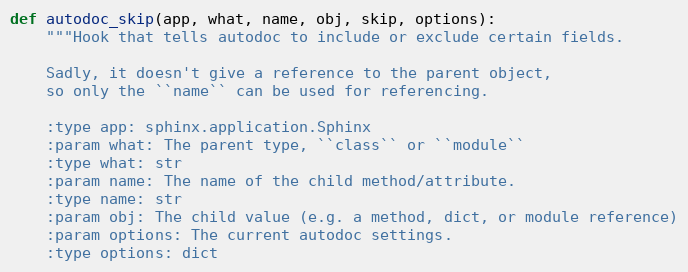
Language: Python
def autodoc_skip(app, what, name, obj, skip, options):
    """Hook that tells autodoc to include or exclude certain fields.

    Sadly, it doesn't give a reference to the parent object,
    so only the ``name`` can be used for referencing.

    :type app: sphinx.application.Sphinx
    :param what: The parent type, ``class`` or ``module``
    :type what: str
    :param name: The name of the child method/attribute.
    :type name: str
    :param obj: The child value (e.g. a method, dict, or module reference)
    :param options: The current autodoc settings.
    :type options: dict